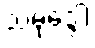
သမုဒ္ဒေါ